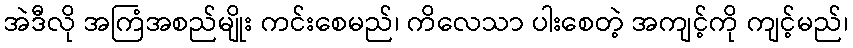
အဲဒီလို အကြံအစည်မျိုး ကင်းစေမည်၊ ကိလေသာ ပါးစေတဲ့ အကျင့်ကို ကျင့်မည်၊